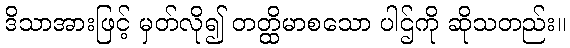
ဒိသာအားဖြင့် မှတ်လို၍ တတ္ထိမာစသော ပါဌ်ကို ဆိုသတည်း။